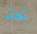
بحد